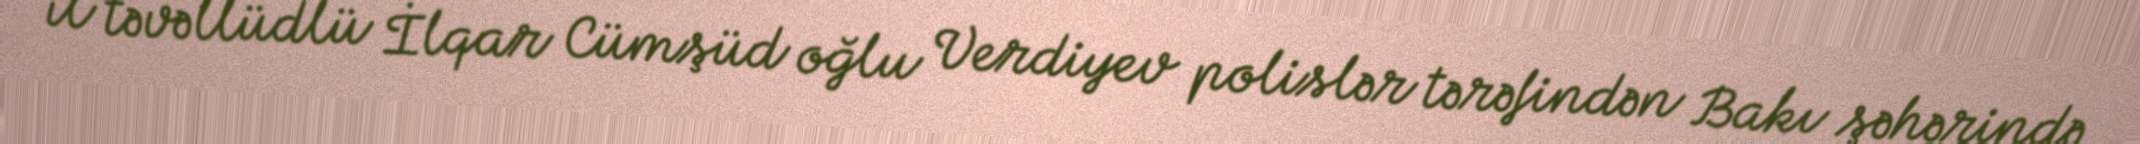
il təvəllüdlü İlqar Cümşüd oğlu Verdiyev polislər tərəfindən Bakı şəhərində